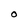
Character: O